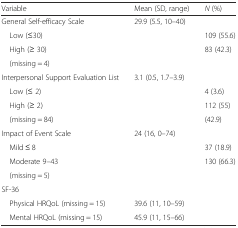
<table><thead><tr><td><b>Variable</b></td><td><b>Mean (SD, range)</b></td><td><b><i>N</i> (%)</b></td></tr></thead><tbody><tr><td>General Self-efficacy Scale</td><td>29.9 (5.5, 10–40)</td><td></td></tr><tr><td> Low (≤30)</td><td></td><td>109 (55.6)</td></tr><tr><td> High (≥ 30)</td><td></td><td>83 (42.3)</td></tr><tr><td colspan="3"> (missing = 4)</td></tr><tr><td>Interpersonal Support Evaluation List</td><td>3.1 (0.5, 1.7–3.9)</td><td></td></tr><tr><td> Low (≤ 2)</td><td></td><td>4 (3.6)</td></tr><tr><td> High (≥ 2)</td><td></td><td>112 (55)</td></tr><tr><td> (missing = 84)</td><td></td><td>(42.9)</td></tr><tr><td>Impact of Event Scale</td><td>24 (16, 0–74)</td><td></td></tr><tr><td> Mild ≤ 8</td><td></td><td>37 (18.9)</td></tr><tr><td> Moderate 9–43</td><td></td><td>130 (66.3)</td></tr><tr><td colspan="3"> (missing = 5)</td></tr><tr><td colspan="3">SF-36</td></tr><tr><td> Physical HRQoL (missing = 15)</td><td>39.6 (11, 10–59)</td><td></td></tr><tr><td> Mental HRQoL (missing = 15)</td><td>45.9 (11, 15–66)</td><td></td></tr></tbody></table>